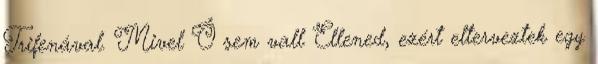
Trifenával. Mivel Ő sem vall Ellened, ezért elterveztek egy